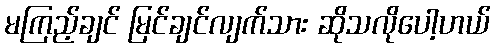
မကြည့်ချင် မြင်ချင်လျက်သား ဆိုသလိုပေါ့ဟယ်